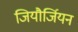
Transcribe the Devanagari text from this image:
जियौर्जियन